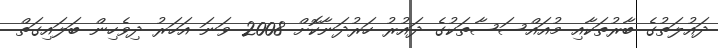
ދައުލަތުގެ ބާރުތަކާއި މުއައްސަސާތަކުގެ ދައުރު ހަރުދަނާކޮށް 2008 ވަނަ އަހަރު ދިވެހިން ބަލައިގަތް